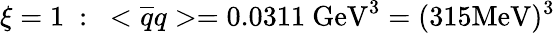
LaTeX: \xi={1}\ :\ <{\overline{{q}}}q>=0.0311\ \mathrm{GeV}^{3}=(315\mathrm{MeV})^{3}